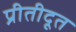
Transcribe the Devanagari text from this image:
प्रीतीदूत